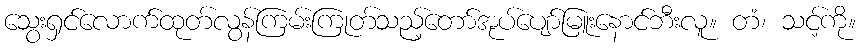
သွေးရှင်လောက်ထုတ်လွန်ကြမ်းကြုတ်သည့်တော်အုပ်ပျော်မြူးနောင်ဘီးလူ။ တံ၊ သင့်ကို။